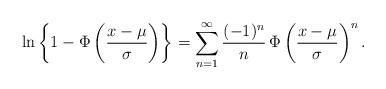
\begin{align*}\ln\left\{1-\Phi\left( \frac{x-\mu}{\sigma}\right)\right\}=\sum_{n=1}^{\infty}\frac{(-1)^n}{n}\,\Phi\left( \frac{x-\mu}{\sigma}\right)^n.\end{align*}